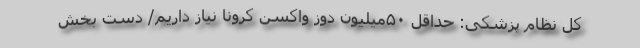
کل نظام پزشکی: حداقل ۵۰میلیون دوز واکسن کرونا نیاز داریم/ دست بخش